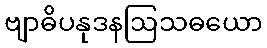
ဗျာဓိပနုဒနဩသဓယော